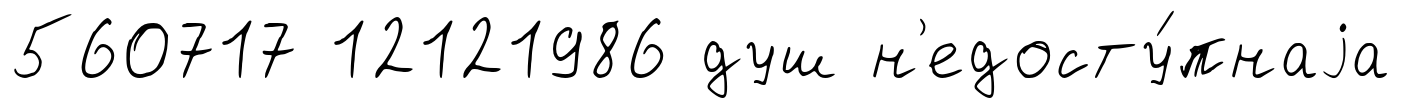
560717 12121986 душ н'едосту́пнаjа